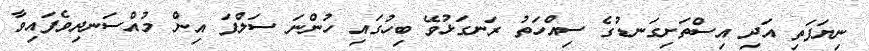
ނިޔަފަތި އަދި އިސްތަށިގަނޑުގެ ސިއްހަތު ރަނގަޅުވޭ ބިހުގައި ހުންނަ ސަލްފަ އިން މުއްސަނދިވެފައިވާ